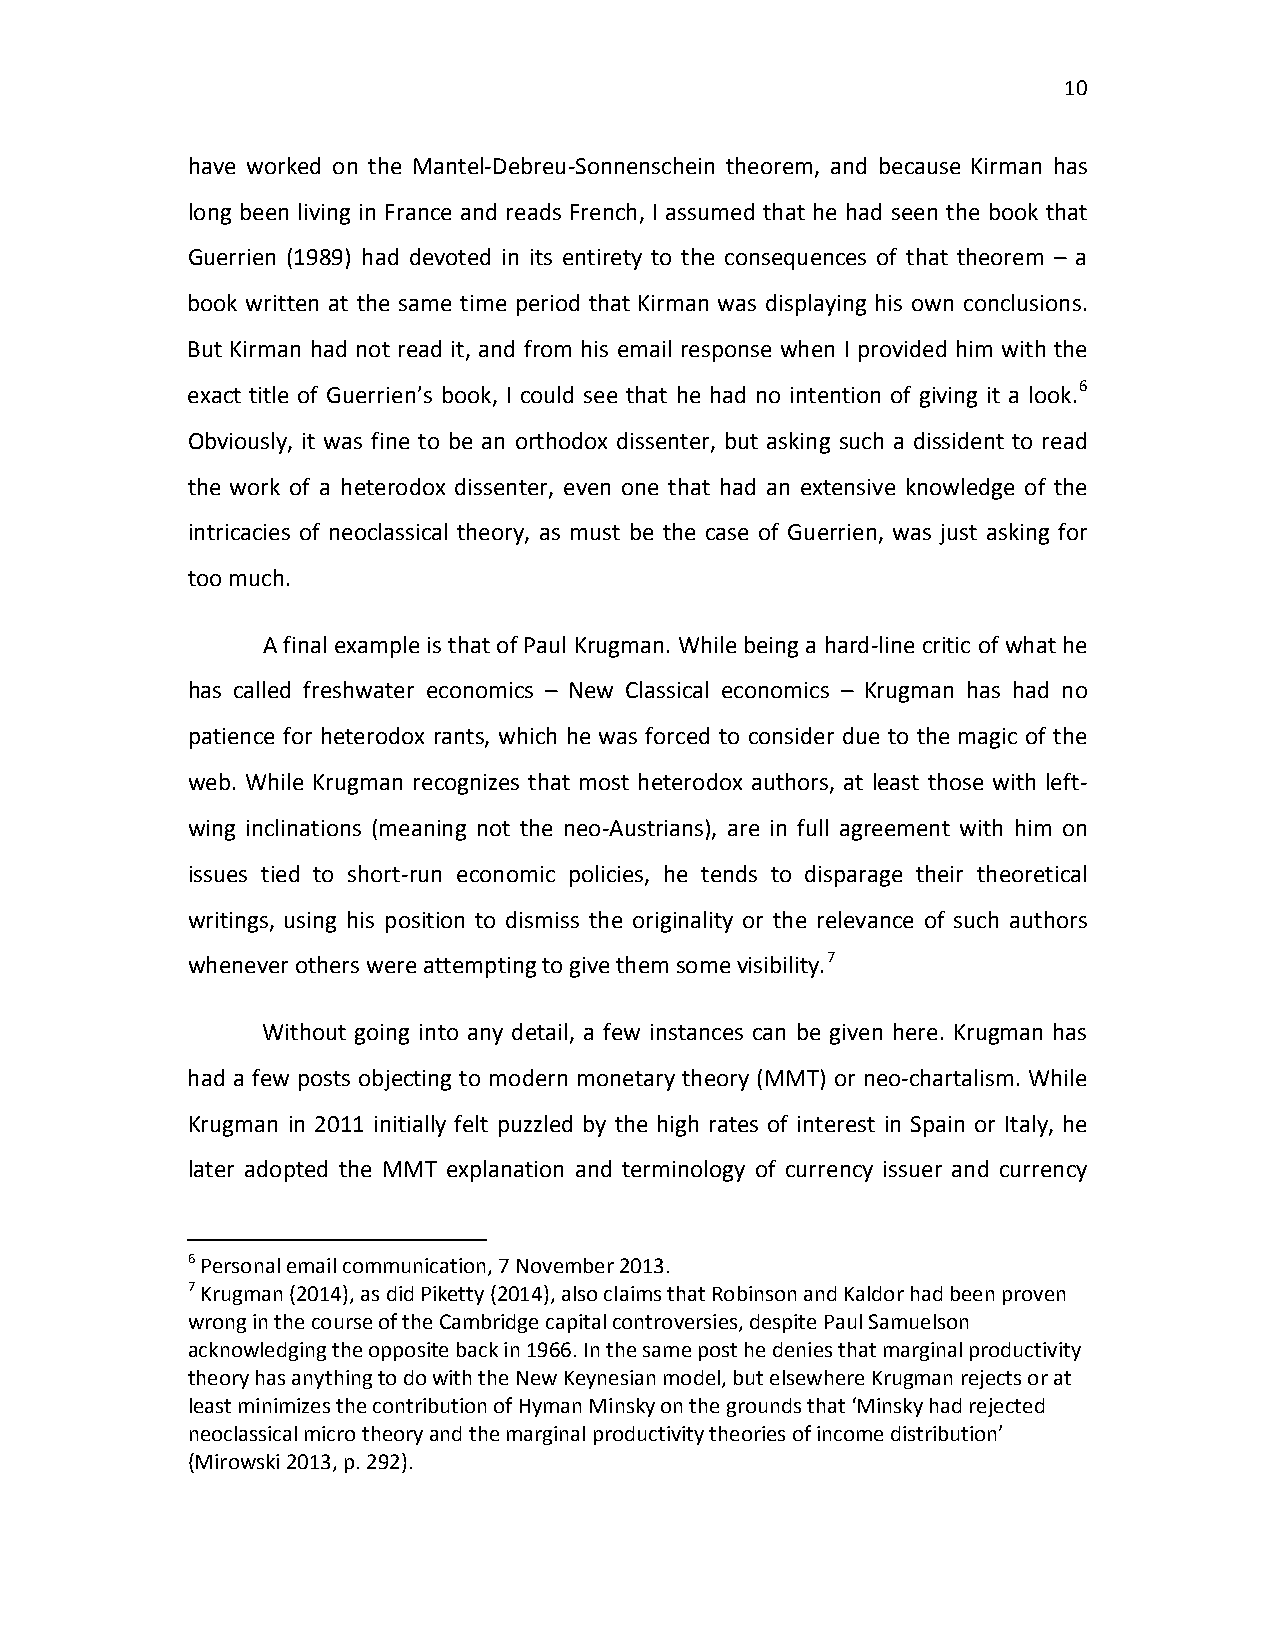
10
 have worked on the Mantel-Debreu-Sonnenschein theorem, and because Kirman has
 long been living in France and reads French, I assumed that he had seen the book that
 Guerrien (1989) had devoted in its entirety to the consequences of that theorem – a
 book written at the same time period that Kirman was displaying his own conclusions.
 But Kirman had not read it, and from his email response when I provided him with the
 exact title of Guerrien’s book, I could see that he had no intention of giving it a look.6
 Obviously, it was fine to be an orthodox dissenter, but asking such a dissident to read
 the work of a heterodox dissenter, even one that had an extensive knowledge of the
 intricacies of neoclassical theory, as must be the case of Guerrien, was just asking for
 too much.
 A final example is that of Paul Krugman. While being a hard-line critic of what he
 has called freshwater economics – New Classical economics – Krugman has had no
 patience for heterodox rants, which he was forced to consider due to the magic of the
 web. While Krugman recognizes that most heterodox authors, at least those with left-
 wing inclinations (meaning not the neo-Austrians), are in full agreement with him on
 issues tied to short-run economic policies, he tends to disparage their theoretical
 writings, using his position to dismiss the originality or the relevance of such authors
 whenever others were attempting to give them some visibility.7
 Without going into any detail, a few instances can be given here. Krugman has
 had a few posts objecting to modern monetary theory (MMT) or neo-chartalism. While
 Krugman in 2011 initially felt puzzled by the high rates of interest in Spain or Italy, he
 later adopted the MMT explanation and terminology of currency issuer and currency
 6 Personal email communication, 7 November 2013.
 7 Krugman (2014), as did Piketty (2014), also claims that Robinson and Kaldor had been proven
 wrong in the course of the Cambridge capital controversies, despite Paul Samuelson
 acknowledging the opposite back in 1966. In the same post he denies that marginal productivity
 theory has anything to do with the New Keynesian model, but elsewhere Krugman rejects or at
 least minimizes the contribution of Hyman Minsky on the grounds that ‘Minsky had rejected
 neoclassical micro theory and the marginal productivity theories of income distribution’
 (Mirowski 2013, p. 292).